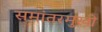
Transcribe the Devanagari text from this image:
समांतरमुखी